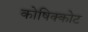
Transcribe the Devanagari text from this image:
कोषिक्कोट